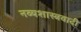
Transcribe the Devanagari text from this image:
नव्यशास्त्रवादी